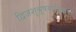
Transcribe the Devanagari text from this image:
द्विजशुश्रूषयोज्झिताः